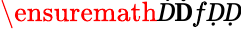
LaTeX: \ensuremath Ḋ\mathbf ḊfḌḌ